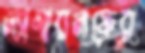
ল্যাগারলফের